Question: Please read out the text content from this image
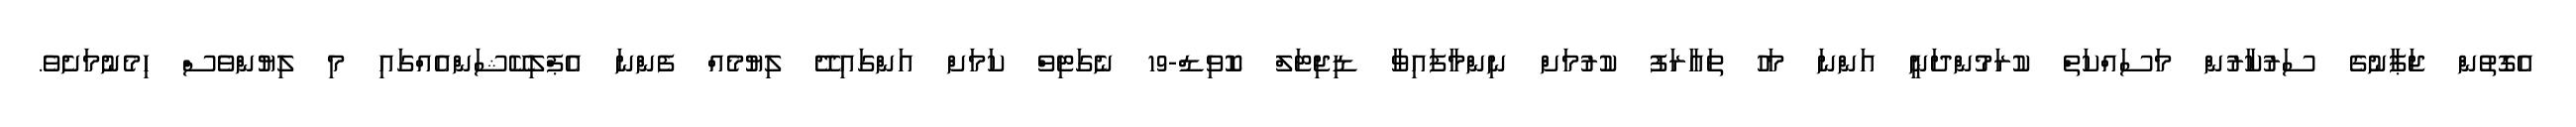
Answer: އެގޮތުން ޖަޕާނުގެ ސަރުކާރުން މަސައްކަތް ކުރަމުންދަނީ އަންނަ މަހު ތައާރަފު ކުރުމަށް ނިންމާފައިވާ ޑިޖިޓަލް ކޮވިޑް-19 ނެގަޓިވް ކަމަށް އަންގައިދޭ ލިޔުމެއް ފެންނަ އެޕްލިކޭޝަންއެއްގައި މި ލިޔުންވެސް ހިމެނުމަށެވެ.